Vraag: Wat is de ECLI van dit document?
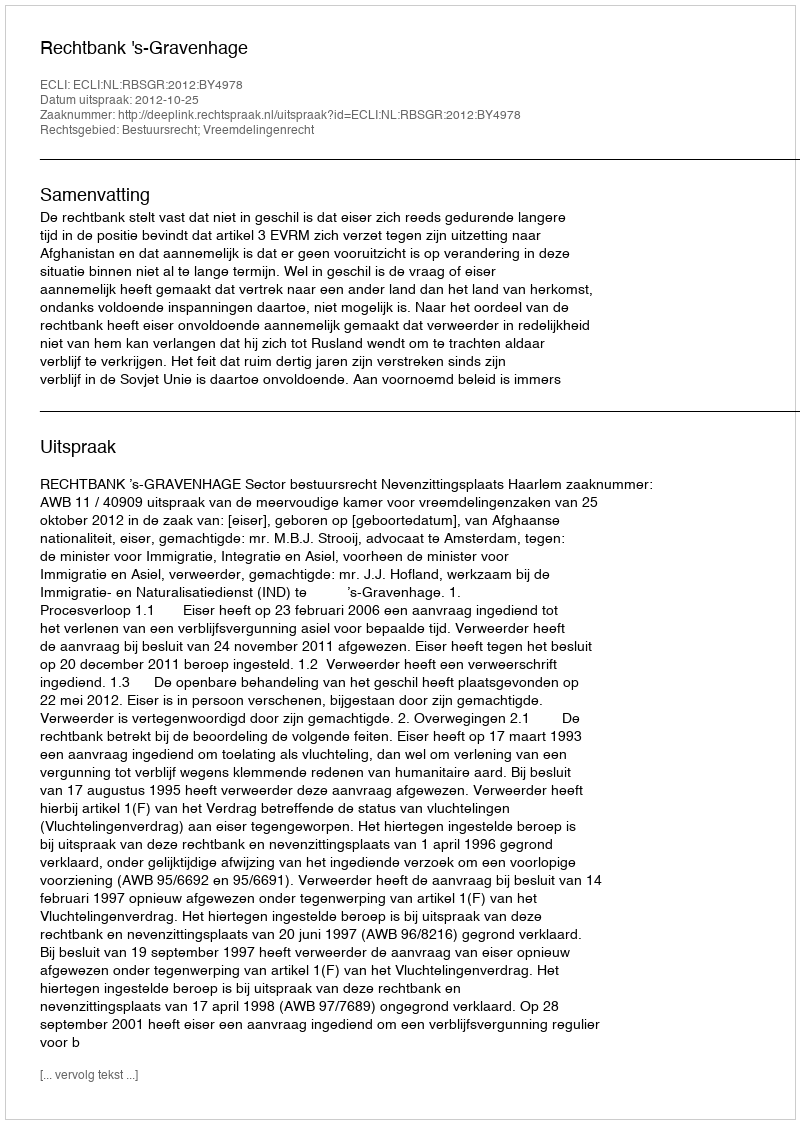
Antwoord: ECLI:NL:RBSGR:2012:BY4978